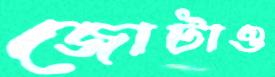
জোটাও